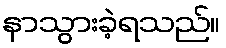
နာသွားခဲ့ရသည်။